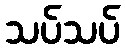
သပ်သပ်